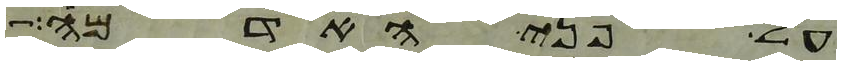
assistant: על פני האדמה